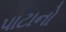
પાટાનો